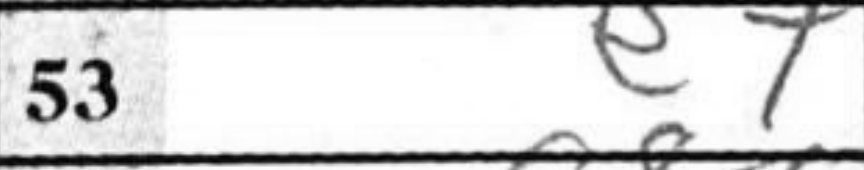
Transcription: e7